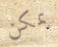
يمكن